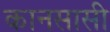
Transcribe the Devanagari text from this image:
कानसासी